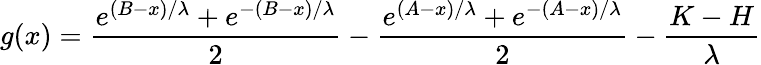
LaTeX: g(x)=\frac{e^{(B-x)/\lambda}+e^{-(B-x)/\lambda}}{2}-\frac{e^{(A-x)/\lambda}+e^{-(A-x)/\lambda}}{2}-\frac{K-H}{\lambda}